Indian journal of veterinary science and animal husbandry - Volumes 15-17, 1948-1951
Year: 1948
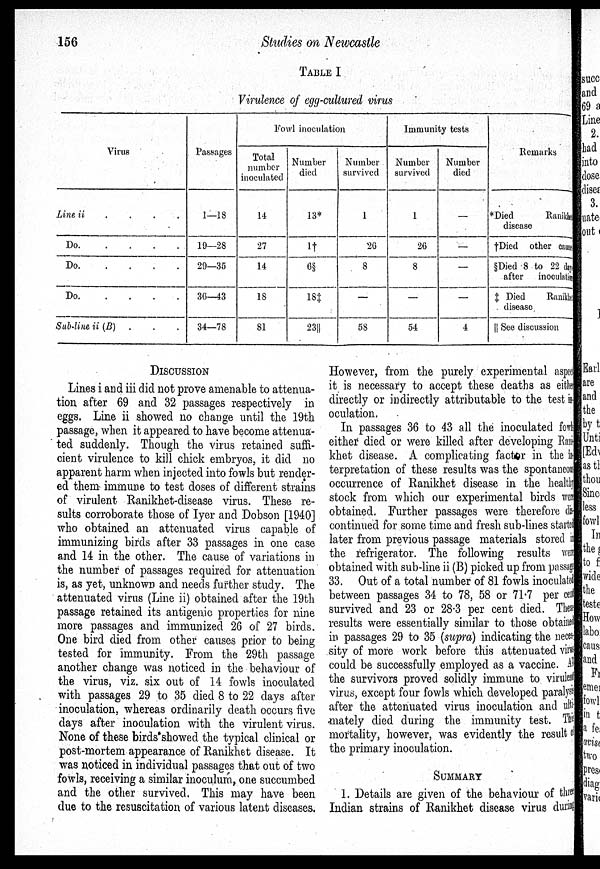
156
Studies on Newcastle
TABLE I
Virulence of egg-cultured virus
Virus
Line ii . . . .
Do.
.
.
.
.
.
Do.
.
.
.
.
.
Do.
.
.
.
.
.
Sub-line ii (B)
Passages
1—18
19—28
29—35
36—43
34—78
Fowl inoculation
Total
number
inoculated
14
27
14
18
81
Number
died
13*
1†
6§
18‡
23||
Number
survived
1
26
8
—
58
Immunity tests
Number
survived
1
26
8
—
54
Number
died
—
—
—
—
4
Remarks
*Died
Ranikhel
disease
†Died other cause
§Died 8 to 22 days
after
inoculation
‡ Died
Ranikhet
disease
|| See discussion
DISCUSSION
Lines i and iii did not prove amenable to attenua-
tion after 69 and 32 passages respectively in
eggs. Line ii showed no change until the 19th
passage, when it appeared to have become attenua-
ted suddenly. Though the virus retained suffi-
cient virulence to kill chick embryos, it did no
apparent harm when injected into fowls but render-
ed them immune to test doses of different strains
of virulent Ranikhet-disease virus. These re-
sults corroborate those of Iyer and Dobson [1940]
who obtained an attenuated virus capable of
immunizing birds after 33 passages in one case
and 14 in the other. The cause of variations in
the number of passages required for attenuation
is, as yet, unknown and needs further study. The
attenuated virus (Line ii) obtained after the 19th
passage retained its antigenic properties for nine
more passages and immunized 26 of 27 birds.
One bird died from other causes prior to being
tested for immunity. From the 29th passage
another change was noticed in the behaviour of
the virus, viz. six out of 14 fowls inoculated
with passages 29 to 35 died 8 to 22 days after
inoculation, whereas ordinarily death occurs five
days after inoculation with the virulent virus.
None of these birds showed the typical clinical or
post-mortem appearance of Ranikhet disease. It
was noticed in individual passages that out of two
fowls, receiving a similar inoculum, one succumbed
and the other survived. This may have been
due to the resuscitation of various latent diseases.
However, from the purely experimental aspect
it is necessary to accept these deaths as either
directly or indirectly attributable to the test i n-
oculation.
In passages 36 to 43 all the inoculated fowl s
either died or were killed after developing Rani
khet disease. A complicating factor in the i n-
terpretation of these results was the spontaneous
occurrence of Ranikhet disease in the healthy
stock from which our experimental birds were
obtained. Further passages were therefore dis¬
continued for some time and fresh sub-lines started
later from previous passage materials stored in
the refrigerator. The following results were
obtained with sub-line ii (B) picked up from passage
33. Out of a total number of 81 fowls inoculated
between passages 34 to 78, 58 or 71.7 per cent
survived and 23 or 28.3 per cent died. These
results were essentially similar to those obtained
in passages 29 to 35 (supra) indicating the neces-
sity of more work before this attenuated virus
could be successfully employed as a vaccine. All
the survivors proved solidly immune to virulent
virus, except four fowls which developed paralysis
after the attenuated virus inoculation and ulti¬
mately died during the immunity test. This
mortality, however, was evidently the result of
the primary inoculation.
SUMMARY
1. Details are given of the behaviour of three
Indian strains of Ranikhet disease virus during